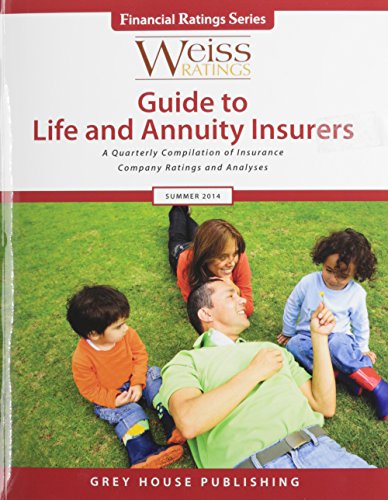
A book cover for Weiss Ratings' Guide to Life and Annuity Insurers, Summer 2014: A Quarterly Compilation of Insurance Company Ratings and Analyses (Weiss Ratings Guide to Life & Annuity Insurers); Business & Money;